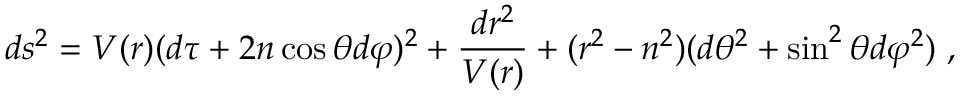
d s ^ { 2 } = V ( r ) ( d \tau + 2 n \cos \theta d \varphi ) ^ { 2 } + { \frac { d r ^ { 2 } } { V ( r ) } } + ( r ^ { 2 } - n ^ { 2 } ) ( d \theta ^ { 2 } + \sin ^ { 2 } \theta d \varphi ^ { 2 } ) \ ,